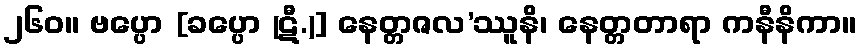
၂၆၀။ ဗပ္ပော [ခပ္ပော (ဋီ.)] နေတ္တဇလ’ဿူနိ၊ နေတ္တတာရာ ကနီနိကာ။